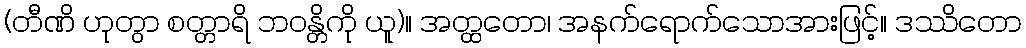
(တီဏိ ဟုတွာ စတ္တာရိ ဘဝန္တိကို ယူ)။ အတ္ထတော၊ အနက်ရောက်သောအားဖြင့်။ ဒဿိတော